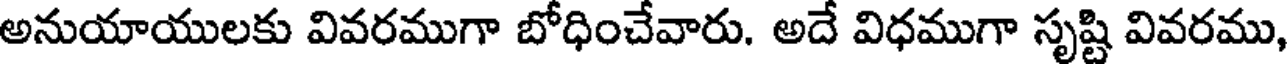
అనుయాయులకు వివరముగా బోధించేవారు. అదే విధముగా సృష్టి వివరము,